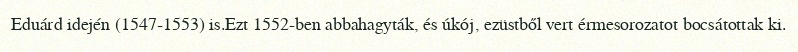
Eduárd idején (1547-1553) is.Ezt 1552-ben abbahagyták, és úkój, ezüstből vert érmesorozatot bocsátottak ki.